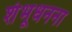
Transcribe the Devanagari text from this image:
शंभूधनना